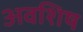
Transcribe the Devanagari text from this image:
अवशिष